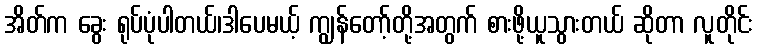
အိတ်က ခွေး ရုပ်ပုံပါတယ်၊ဒါပေမယ့် ကျွန်တော့်တို့အတွက် စားဖို့ယူသွားတယ် ဆိုတာ လူတိုင်း